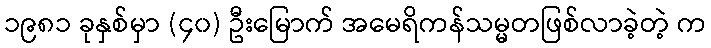
၁၉၈၁ ခုနှစ်မှာ (၄၀) ဦးမြောက် အမေရိကန်သမ္မတဖြစ်လာခဲ့တဲ့ က